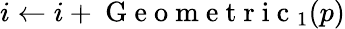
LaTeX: i\leftarrow i+\mathrm{~G~e~o~m~e~t~r~i~c~}_{1}(p)